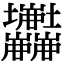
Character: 𡔘